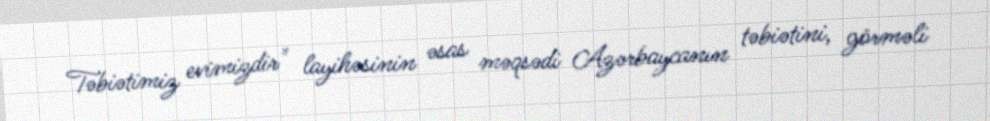
Təbiətimiz evimizdir" layihəsinin əsas məqsədi Azərbaycanın təbiətini, görməli